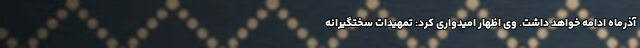
آذرماه ادامه خواهد داشت. وی اظهار امیدواری کرد: تمهیدات سختگیرانه